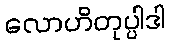
လောဟိတုပ္ပါဒါ